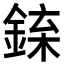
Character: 𨧲